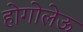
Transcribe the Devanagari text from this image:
होगोलेऊ